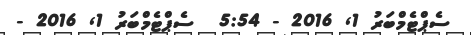
ސެޕްޓެމްބަރު 1